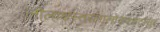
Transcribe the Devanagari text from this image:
लीलाक्षस्तरलालोकश्शटासुर